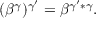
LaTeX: ( \beta ^ { \gamma } ) ^ { \gamma ^ { \prime } } = \beta ^ { \gamma ^ { \prime } * \gamma } .